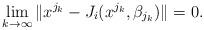
LaTeX: \begin{align*} \lim_{k\to \infty}\|x^{j_k}-J_i(x^{j_k},\beta_{j_k})\|=0. \end{align*}